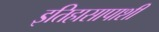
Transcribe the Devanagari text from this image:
इतिहासापाशी